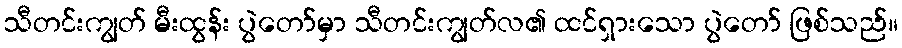
သီတင်းကျွတ် မီးထွန်း ပွဲတော်မှာ သီတင်းကျွတ်လ၏ ထင်ရှားသော ပွဲတော် ဖြစ်သည်။